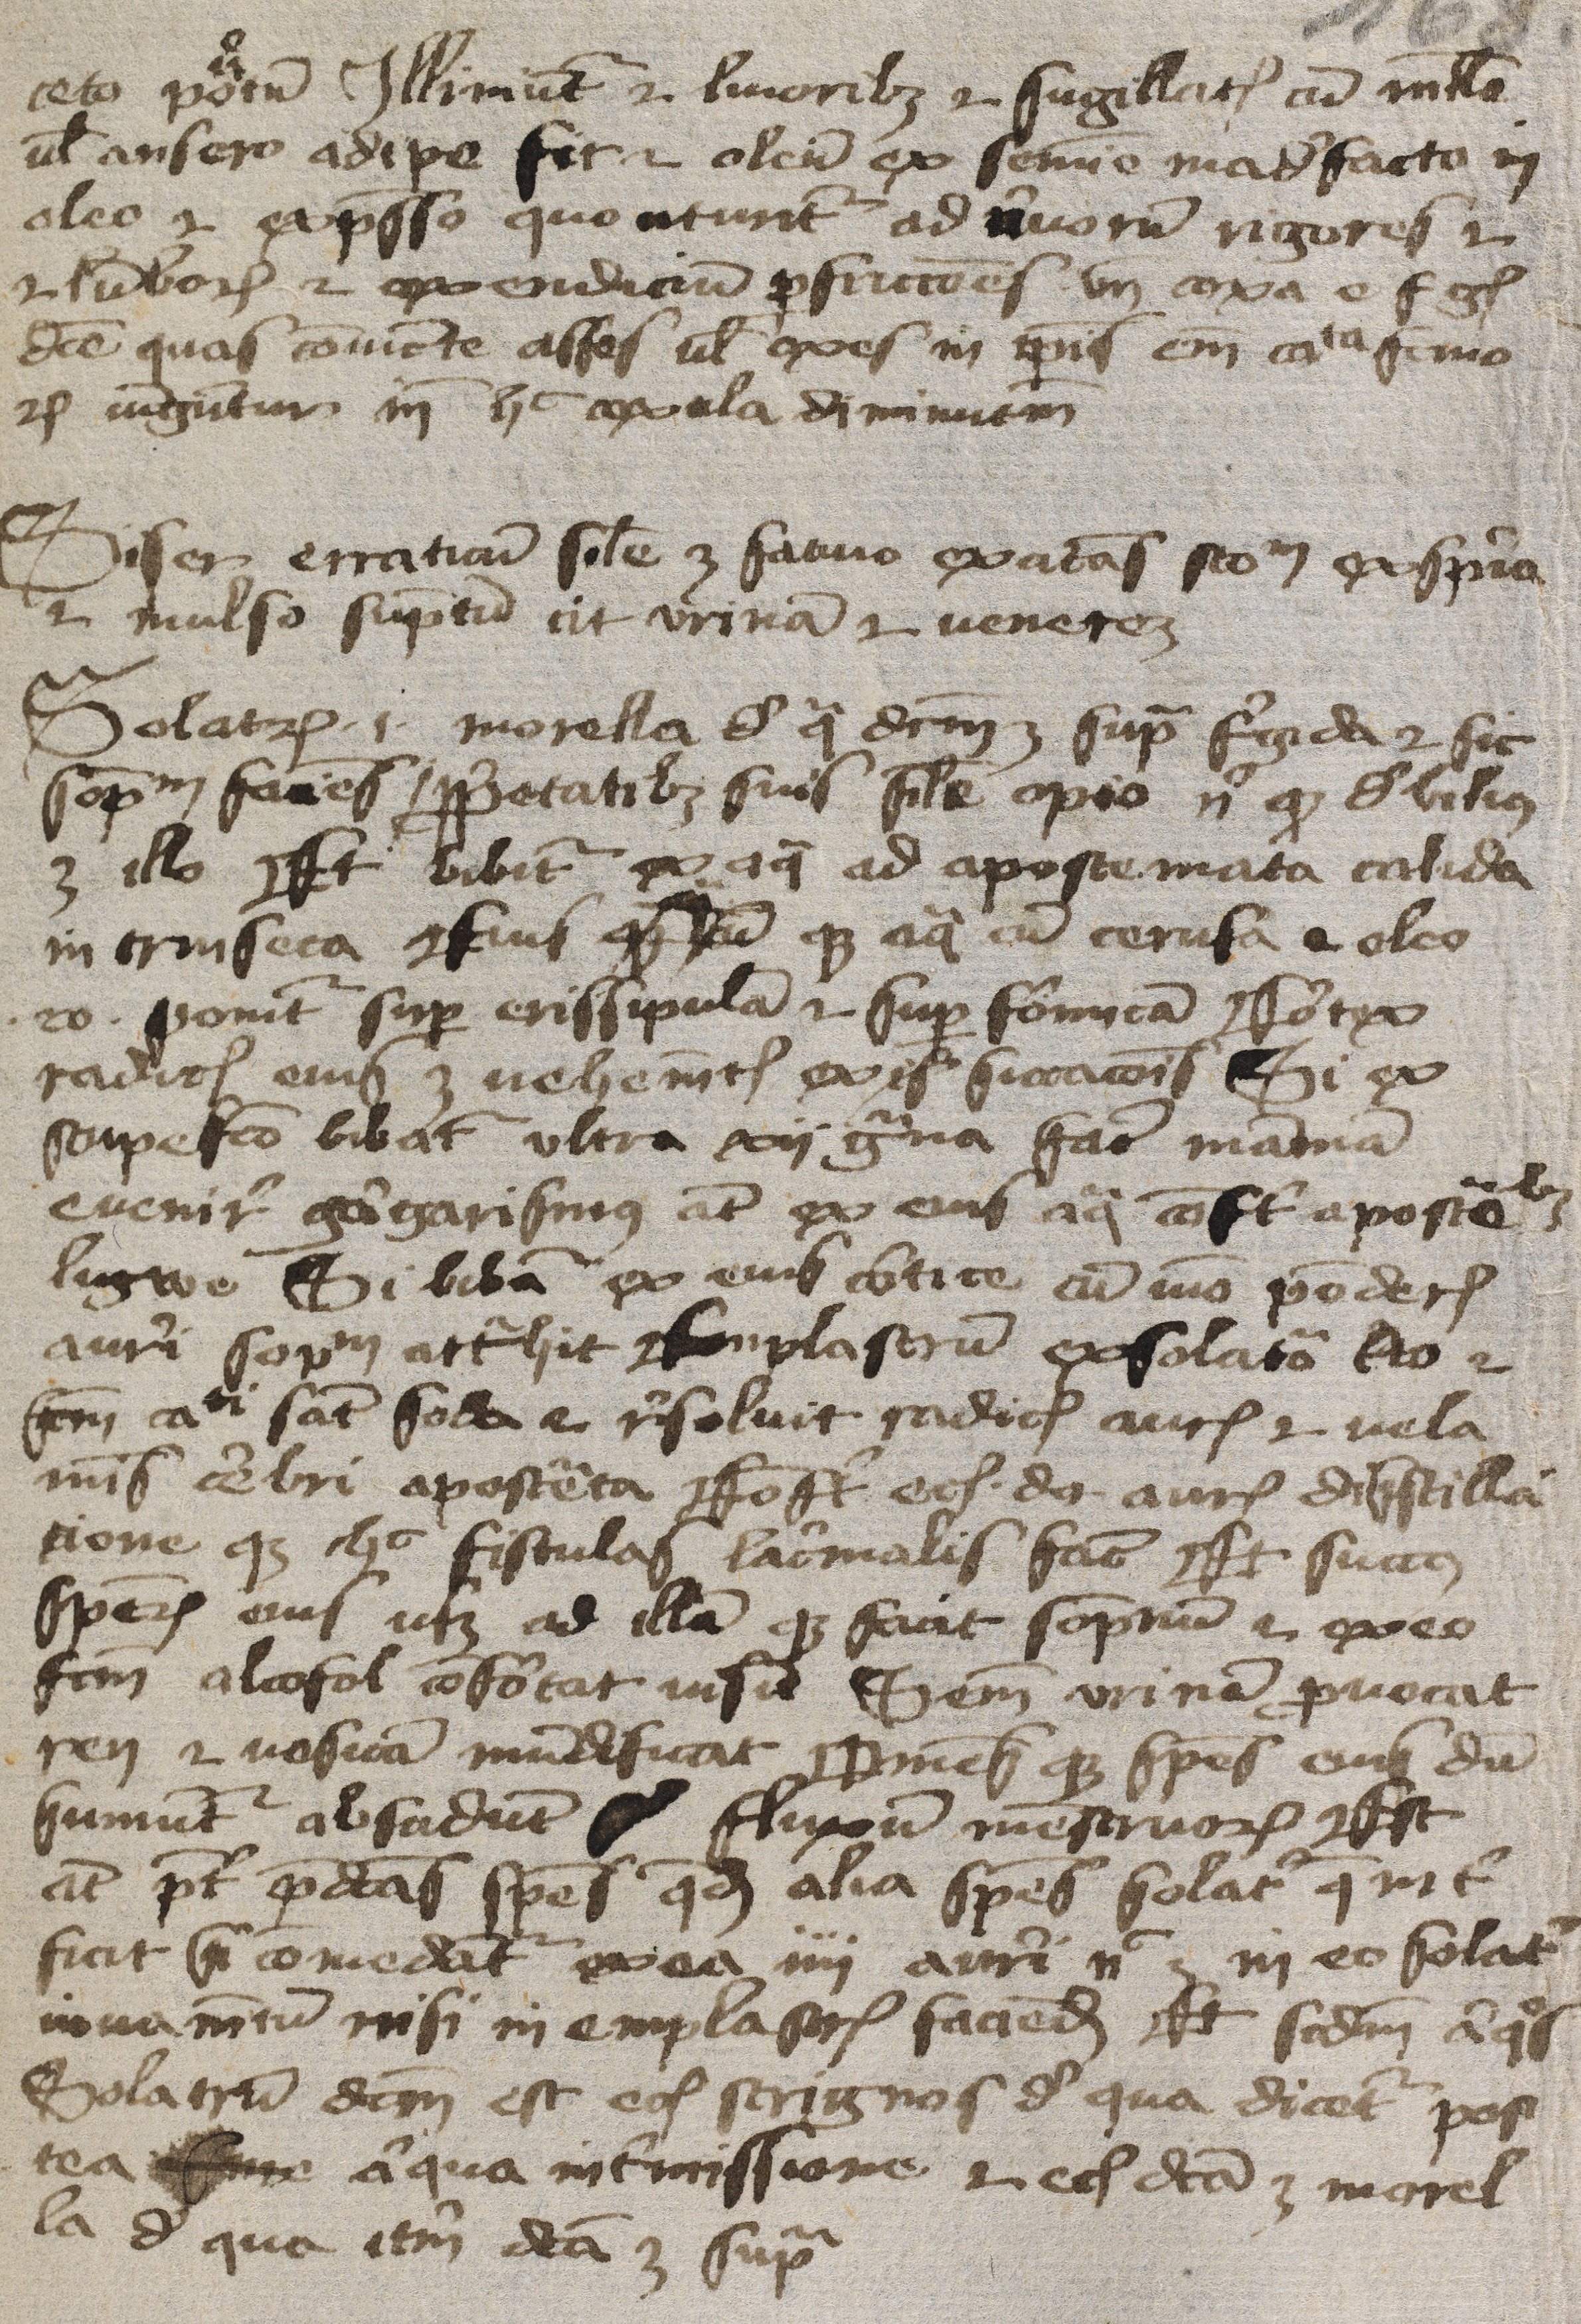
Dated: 1400–1424